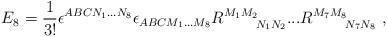
LaTeX: \begin{align*}E_8 = {1\over 3!} \epsilon^{ABCN_1...N_8}\epsilon_{ABCM_1...M_8}R^{M_1M_2}_{~~~~~~N_1N_2} ... R^{M_7M_8}_{~~~~~~N_7N_8} \ ,\end{align*}